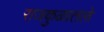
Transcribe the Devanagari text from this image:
राजकुळातले